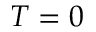
T = 0